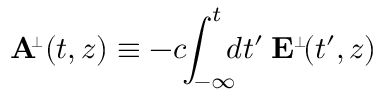
{ \bf A } \! ^ { { \scriptscriptstyle \perp } } ( t , z ) \equiv - c \! \! \int _ { - \infty } ^ { t } \! \! \! d t ^ { \prime } \: { \bf E } ^ { \scriptscriptstyle \perp } \! ( t ^ { \prime } , z )